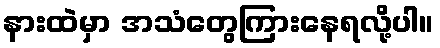
နားထဲမှာ အသံတွေကြားနေရလို့ပါ။